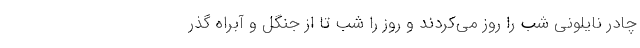
چادر نایلونی شب را روز می‌کردند و روز را شب تا از جنگل و آبراه گذر